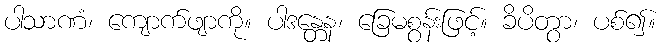
ပါသာဏံ၊ ကျောက်ဖျာကို။ ပါဒန္တေန၊ ခြေမစွန်းဖြင့်။ ခိပိတွာ၊ ပစ်၍။